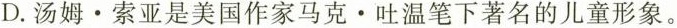
D.汤姆•索亚是美国作家马克。吐温笔下著名的儿童形象。